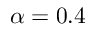
\alpha = 0 . 4